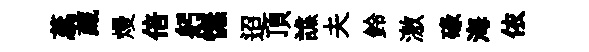
蕊藏熳倍躬憮迢頂譙夫鈴激碌海依